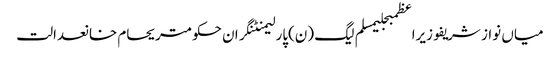
میاں نواز شریفوزیراعظمبجلیمسلم لیگ (ن)پارلیمنٹنگران حکومتریحام خانعدالت